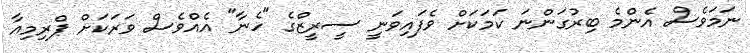
ނަމަވެސް އެންމެ ބިރުގަންނަ ކަމަކަށް ވެފައިވަނީ ސީރީޒްގެ "ހެނާ" އެއްވެސް ވަރަކަށް ޕްރިމިއާ